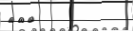
٢٣٦